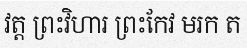
វត្ត ព្រះវិហារ ព្រះកែវ មរក ត